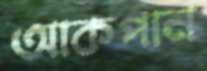
আকপান